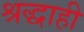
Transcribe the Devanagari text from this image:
श्रद्धाही